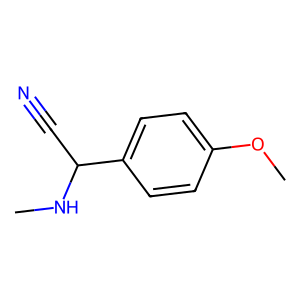
SMILES: CNC(C#N)c1ccc(OC)cc1
Inhibits HIV replication: No